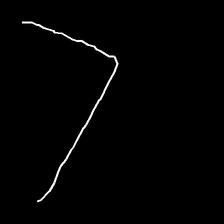
Glyph: region